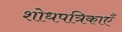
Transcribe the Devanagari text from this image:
शोधपत्रिकाएँ